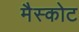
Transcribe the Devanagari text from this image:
मैस्कोट